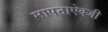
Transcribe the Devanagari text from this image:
मापनाऐवजी